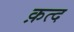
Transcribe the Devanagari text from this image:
क़त्द